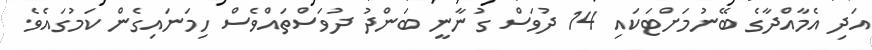
އަދި އެމާއްދާގެ ބޭނުމަށްޓަކައި 14 ދުވަސް ގުނާނީ ބަންދު ދުވަސްތައްވެސް ހިމަނައިގެން ކަމުގައެވެ.